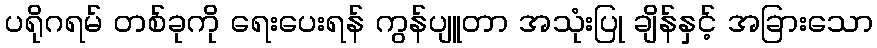
ပရိုဂရမ် တစ်ခုကို ရေးပေးရန် ကွန်ပျူတာ အသုံးပြု ချိန်နှင့် အခြားသော